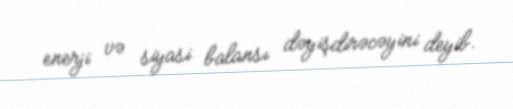
enerji və siyasi balansı dəyişdirəcəyini deyib.